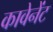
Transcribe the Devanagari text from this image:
कावेनेंट